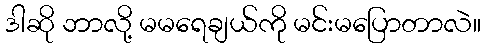
ဒါဆို ဘာလို့ မမရေချယ်ကို မင်းမပြောတာလဲ။